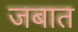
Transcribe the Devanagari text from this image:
जबात